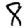
Digit: 8